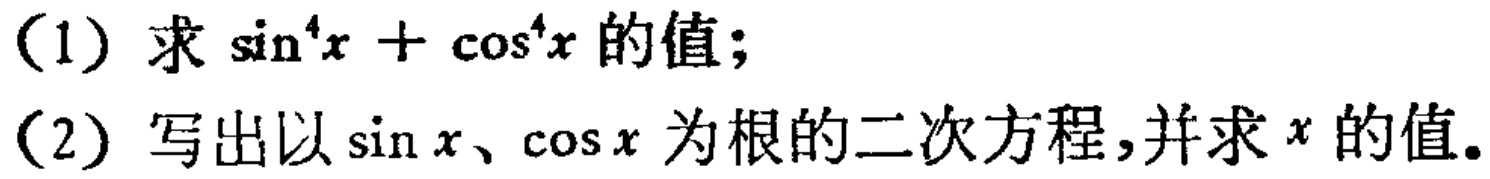
(1) 求\(\sin^{4}x + \cos^{4}x\)的值；
(2) 写出以\(\sin x\)、\(\cos x\)为根的二次方程，并求\(x\)的值。